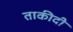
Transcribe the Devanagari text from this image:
ताकीदी